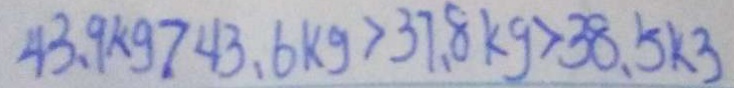
4 3 . 9 k g > 4 3 . 6 k g > 3 7 . 8 k g > 3 8 . 5 k g